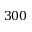
3 0 0